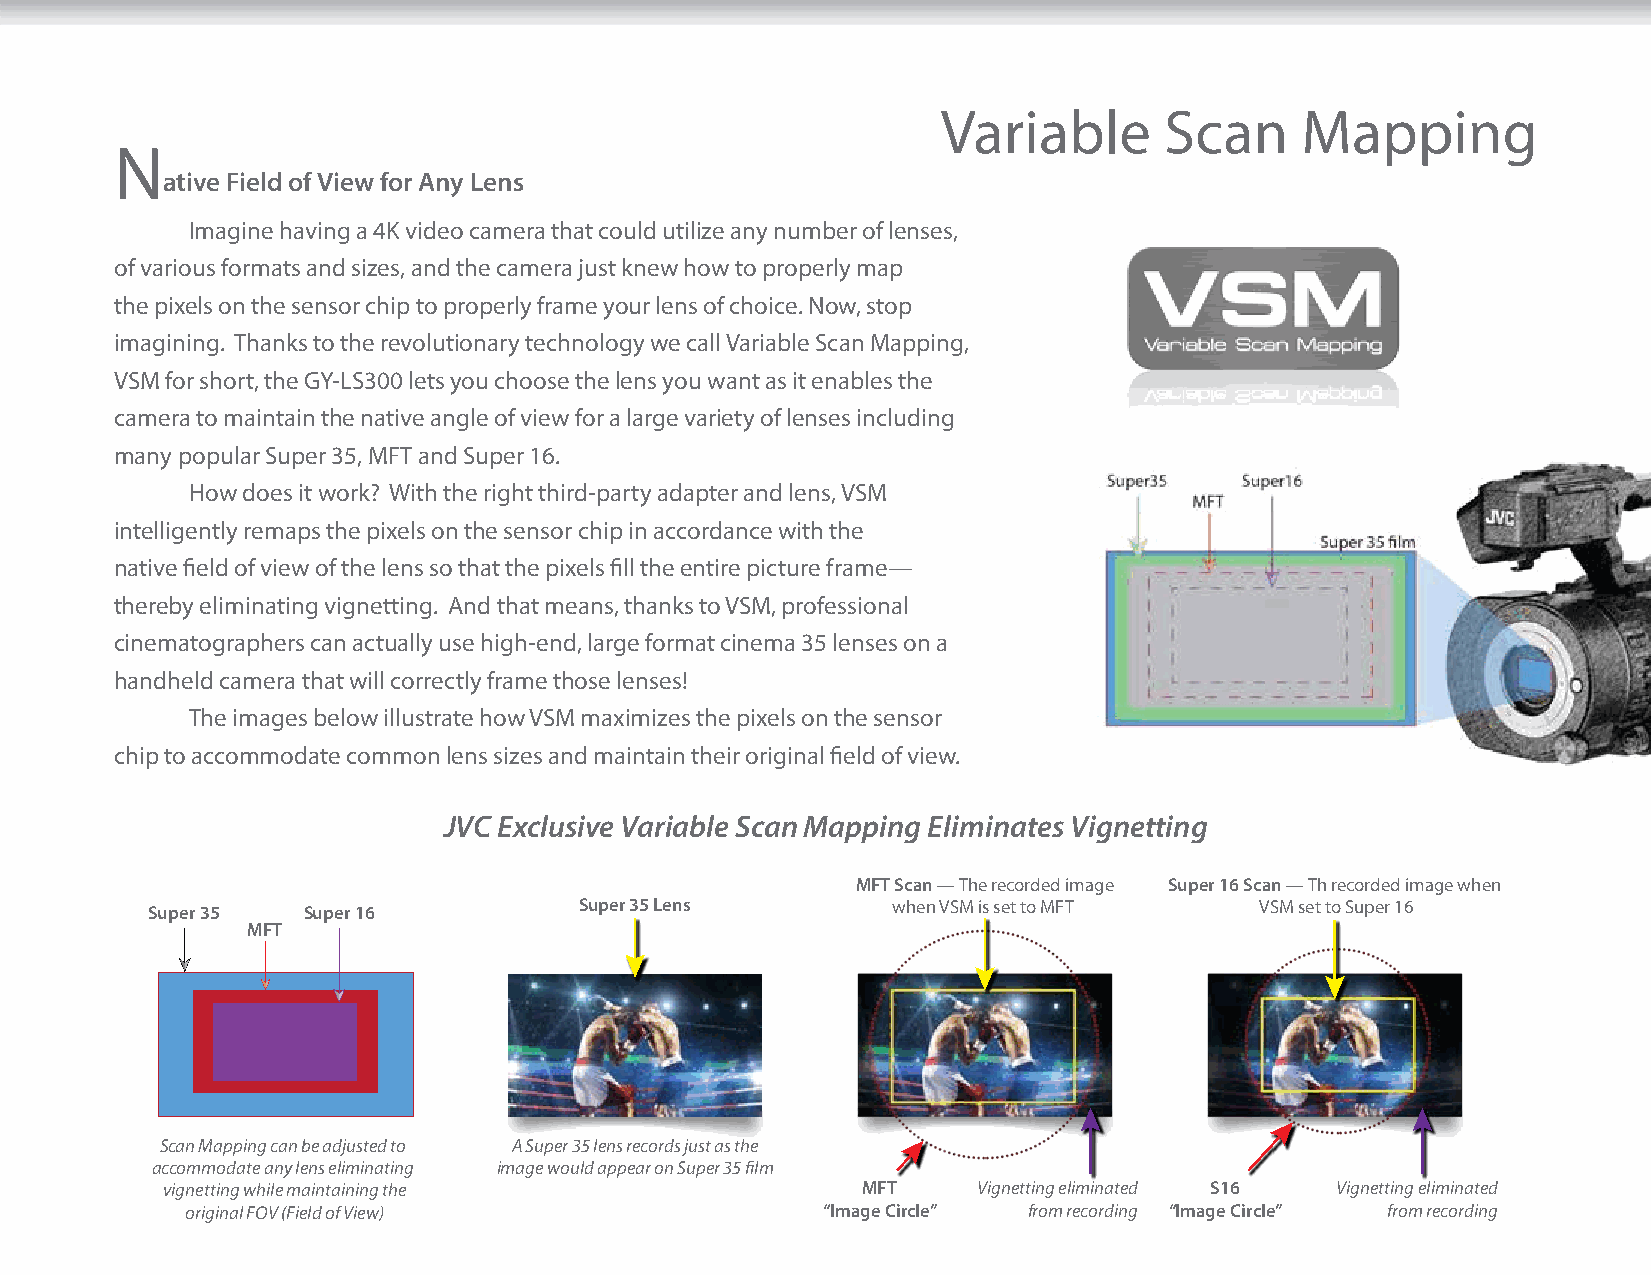
Variable       Scan     Mapping
 N
 ative Field of View for Any Lens
 Imagine having a 4K video camera that could utilize any number of lenses,
 of various formats and sizes, and the camera just knew how to properly map
 the pixels on the sensor chip to properly frame your lens of choice. Now, stop
 imagining. Thanks to the revolutionary technology we call Variable Scan Mapping,
 VSM for short, the GY-LS300 lets you choose the lens you want as it enables the
 camera to maintain the native angle of view for a large variety of lenses including
 many popular Super 35, MFT and Super 16.
 How does it work? With the right third-party adapter and lens, VSM
 intelligently remaps the pixels on the sensor chip in accordance with the
 native field of view of the lens so that the pixels fill the entire picture frame—
 thereby eliminating vignetting. And that means, thanks to VSM, professional
 cinematographers can actually use high-end, large format cinema 35 lenses on a
 handheld camera that will correctly frame those lenses!
 The images below illustrate how VSM maximizes the pixels on the sensor
 chip to accommodate common lens sizes and maintain their original field of view.
 JVC Exclusive Variable Scan Mapping Eliminates Vignetting
 MFT Scan — The recorded image Super 16 Scan — Th recorded image when
 Super 35  Super 16          Super 35 Lens        when VSM is set to MFT  VSM set to Super 16
 MFT
 Scan Mapping can be adjusted to A Super 35 lens records just as the
 accommodate any lens eliminating image would appear on Super 35 film
 vignetting while maintaining the              MFT     Vignetting eliminated S16 Vignetting eliminated
 original FOV (Field of View)              “Image Circle” from recording “Image Circle” from recording